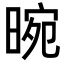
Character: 晼